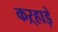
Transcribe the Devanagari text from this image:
कऱ्हाड़े